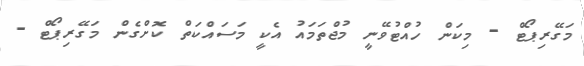
މަގޭރިޕޯޓް - މިކަން ހުއްޓުވޭނީ މުޖްތަމައު އެކީ މަސައްކަތް ކޮށްގެން މަގޭރިޕޯޓް -